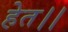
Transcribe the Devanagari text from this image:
हेत।।